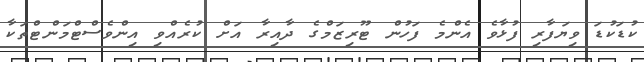
ކުޑަކުޑަ ވިޔަފާރި ފުޅާވެ އެންމެ ފަހުން ޓޫރިޒަމްގެ ދާއިރާ އަށް ކުރެއްވި އިންވެސްޓްމަންޓްތަކާ